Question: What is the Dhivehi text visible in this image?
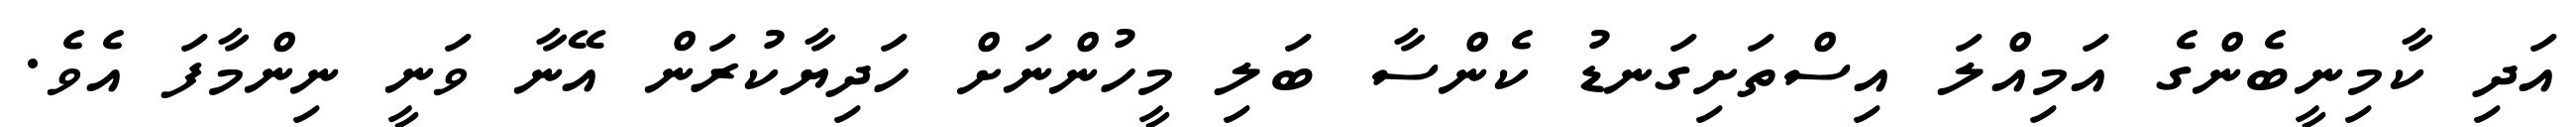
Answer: އަދި ކާމިނީބެންގެ އަމިއްލަ އިސްތަށިގަނޑު ކެންސާ ބަލި މީހުންނަށް ހަދިޔާކުރަން އޭނާ ވަނީ ނިންމާފަ އެވެ.